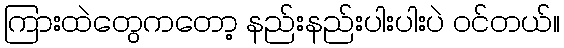
ကြားထဲတွေကတော့ နည်းနည်းပါးပါးပဲ ဝင်တယ်။